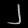
Digit: ၂